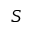
S